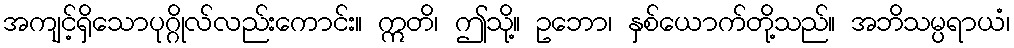
အကျင့်ရှိသောပုဂ္ဂိုလ်လည်းကောင်း။ ဣတိ၊ ဤသို့။ ဥဘော၊ နှစ်ယောက်တို့သည်။ အဘိသမ္ပရာယံ၊